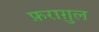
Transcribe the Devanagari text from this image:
फ़रागु़ल